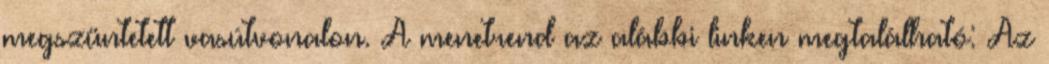
megszüntetett vasútvonalon. A menetrend az alábbi linken megtalálható: Az